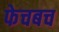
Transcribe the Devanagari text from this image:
फेचबच